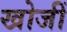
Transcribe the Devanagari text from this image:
खोजीं